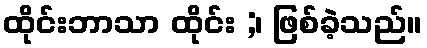
ထိုင်းဘာသာ ထိုင်း ;၊ ဖြစ်ခဲ့သည်။